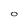
Character: O